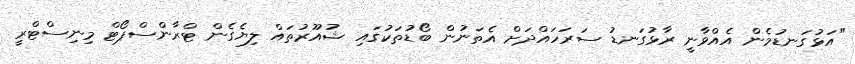
"އަޅުގަނޑުމެން އެއްވާނީ ރާޅުގަނޑު ސަރަހައްދަށް އެތަނުން ބޯޑުތަކުގައި ޝުއޫރުތައް ލިޔެގެން ޓްރާންސްޕޯޓް މިނިސްޓްރީ